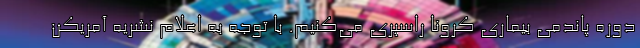
دوره پاندمی بیماری کرونا راسپری می‌کنیم. با توجه به اعلام نشریه آمریکن